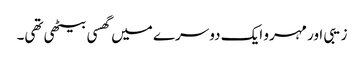
زیبی اور مہرو ایک دوسرے میں گھسی بیٹھی تھی۔